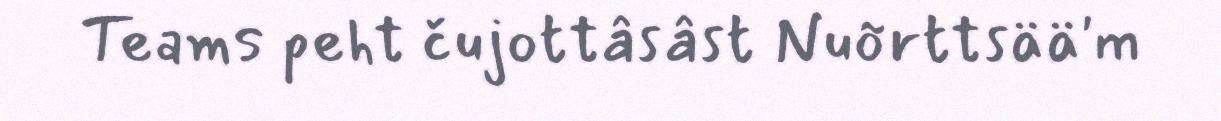
Teams peht čujottâsâst Nuõrttsää'm